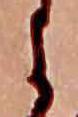
よ